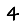
Digit: 4